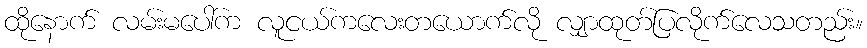
ထိုနောက် လမ်းမပေါ်က လူငယ်ကလေးတယောက်လို လျှာထုတ်ပြလိုက်လေသတည်း။